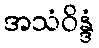
အသံဝိန္ဒံ